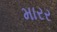
મારર